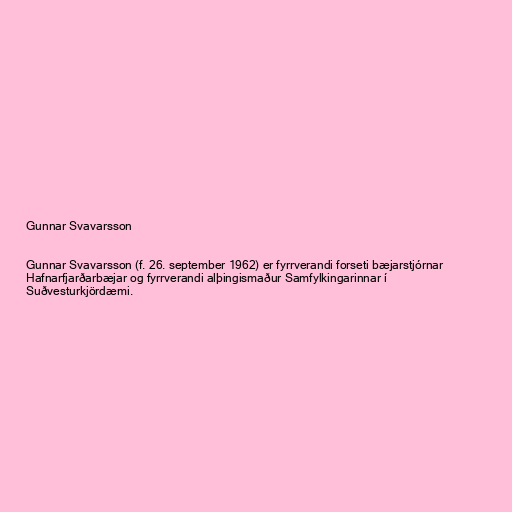
Gunnar Svavarsson

Gunnar Svavarsson (f. 26. september 1962) er fyrrverandi forseti bæjarstjórnar
Hafnarfjarðarbæjar og fyrrverandi alþingismaður Samfylkingarinnar í
Suðvesturkjördæmi.